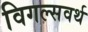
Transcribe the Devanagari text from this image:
विगल्सवर्थ